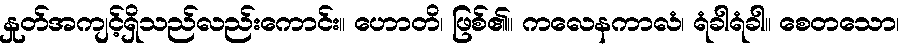
နှုတ်အကျင့်ရှိသည်လည်းကောင်း။ ဟောတိ၊ ဖြစ်၏။ ကလေနကာလံ၊ ရံခါရံခါ။ စေတသော၊